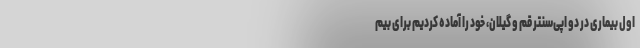
اول بیماری در دو اپی‌سنتر قم و گیلان، خود را آماده کردیم برای بیم